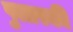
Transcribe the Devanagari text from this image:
पुलास्की